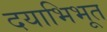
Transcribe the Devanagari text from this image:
दयाभिभूत